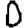
Digit: 0